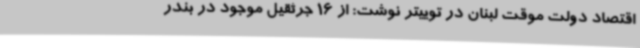
اقتصاد دولت موقت لبنان در توییتر نوشت: از 16 جرثقیل موجود در بندر